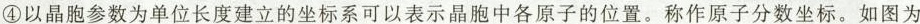
④以晶胞参数为单位长度建立的坐标系可以表示晶胞中各原子的位置。称作原子分数坐标。如图为